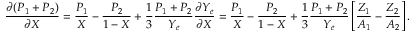
{ \frac { \partial ( P _ { 1 } + P _ { 2 } ) } { \partial X } } = { \frac { P _ { 1 } } { X } } - { \frac { P _ { 2 } } { 1 - X } } + { \frac { 1 } { 3 } } { \frac { P _ { 1 } + P _ { 2 } } { Y _ { e } } } { \frac { \partial Y _ { e } } { \partial X } } = { \frac { P _ { 1 } } { X } } - { \frac { P _ { 2 } } { 1 - X } } + { \frac { 1 } { 3 } } { \frac { P _ { 1 } + P _ { 2 } } { Y _ { e } } } \left[ { \frac { Z _ { 1 } } { A _ { 1 } } } - { \frac { Z _ { 2 } } { A _ { 2 } } } \right] .